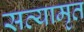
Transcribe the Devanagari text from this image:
सत्यामृत